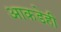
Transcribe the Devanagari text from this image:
आकडेही